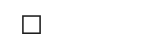
٨